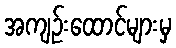
အကျဉ်းထောင်များမှ